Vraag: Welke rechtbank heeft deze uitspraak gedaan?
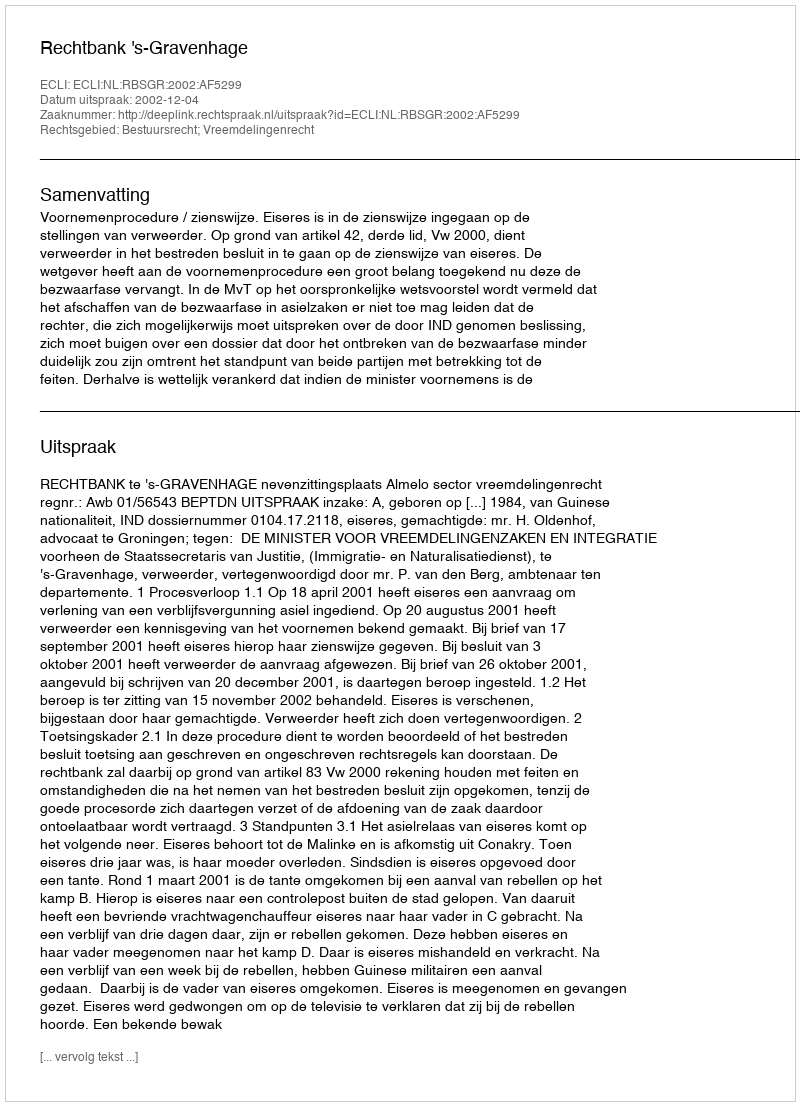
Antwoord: Rechtbank 's-Gravenhage